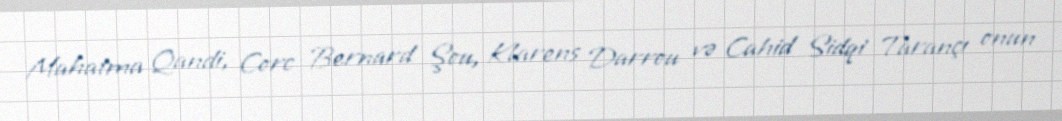
Mahatma Qandi, Corc Bernard Şou, Klarens Darrou və Cahid Sidqi Tarançı onun